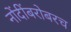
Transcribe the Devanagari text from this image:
नोंदींबरोबरच